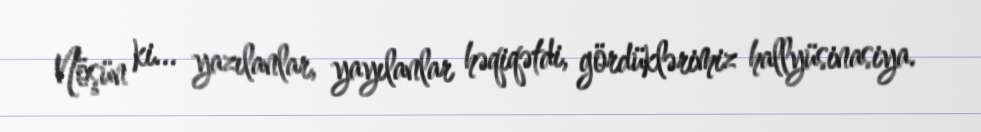
Nöşün ki... yazılanlar, yayılanlar həqiqətdi, gördüklərimiz hallyüsinasiya.